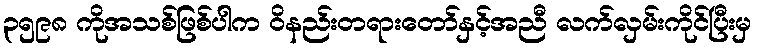
၃၅၉၈ ကိုအသစ်ဖြစ်ပါက ဝိနည်းတရားတော်နှင့်အညီ လက်လှမ်းကိုင်ပြီးမှ